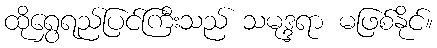
ထိုရွှေရည်ပြင်ကြီးသည် သမုဒ္ဒရာ မဖြစ်နိုင်။